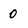
Character: 0